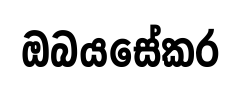
ඔබයසේකර